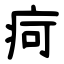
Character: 疴